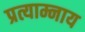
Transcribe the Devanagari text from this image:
प्रत्याम्नाय